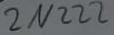
Text: 2N2222